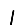
Digit: 1